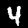
Label: 4